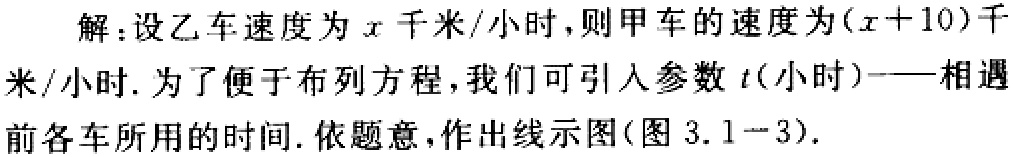
解：设乙车速度为\(x\)千米/小时，则甲车的速度为\((x + 10)\)千米/小时. 为了便于布列方程，我们可引入参数\(t\)(小时)——相遇前各车所用的时间. 依题意，作出线示图(图 3.1 - 3).